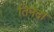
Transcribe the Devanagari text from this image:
तिनदा